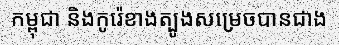
កម្ពុជា និងកូរ៉េខាងត្បូងសម្រេចបានជាង